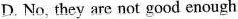
D. No, they are not good enough